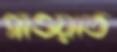
গাওয়াত